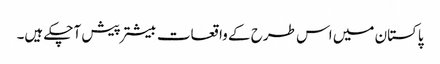
پاکستان میں اس طرح کے واقعات بیشتر پیش آچکے ہیں۔